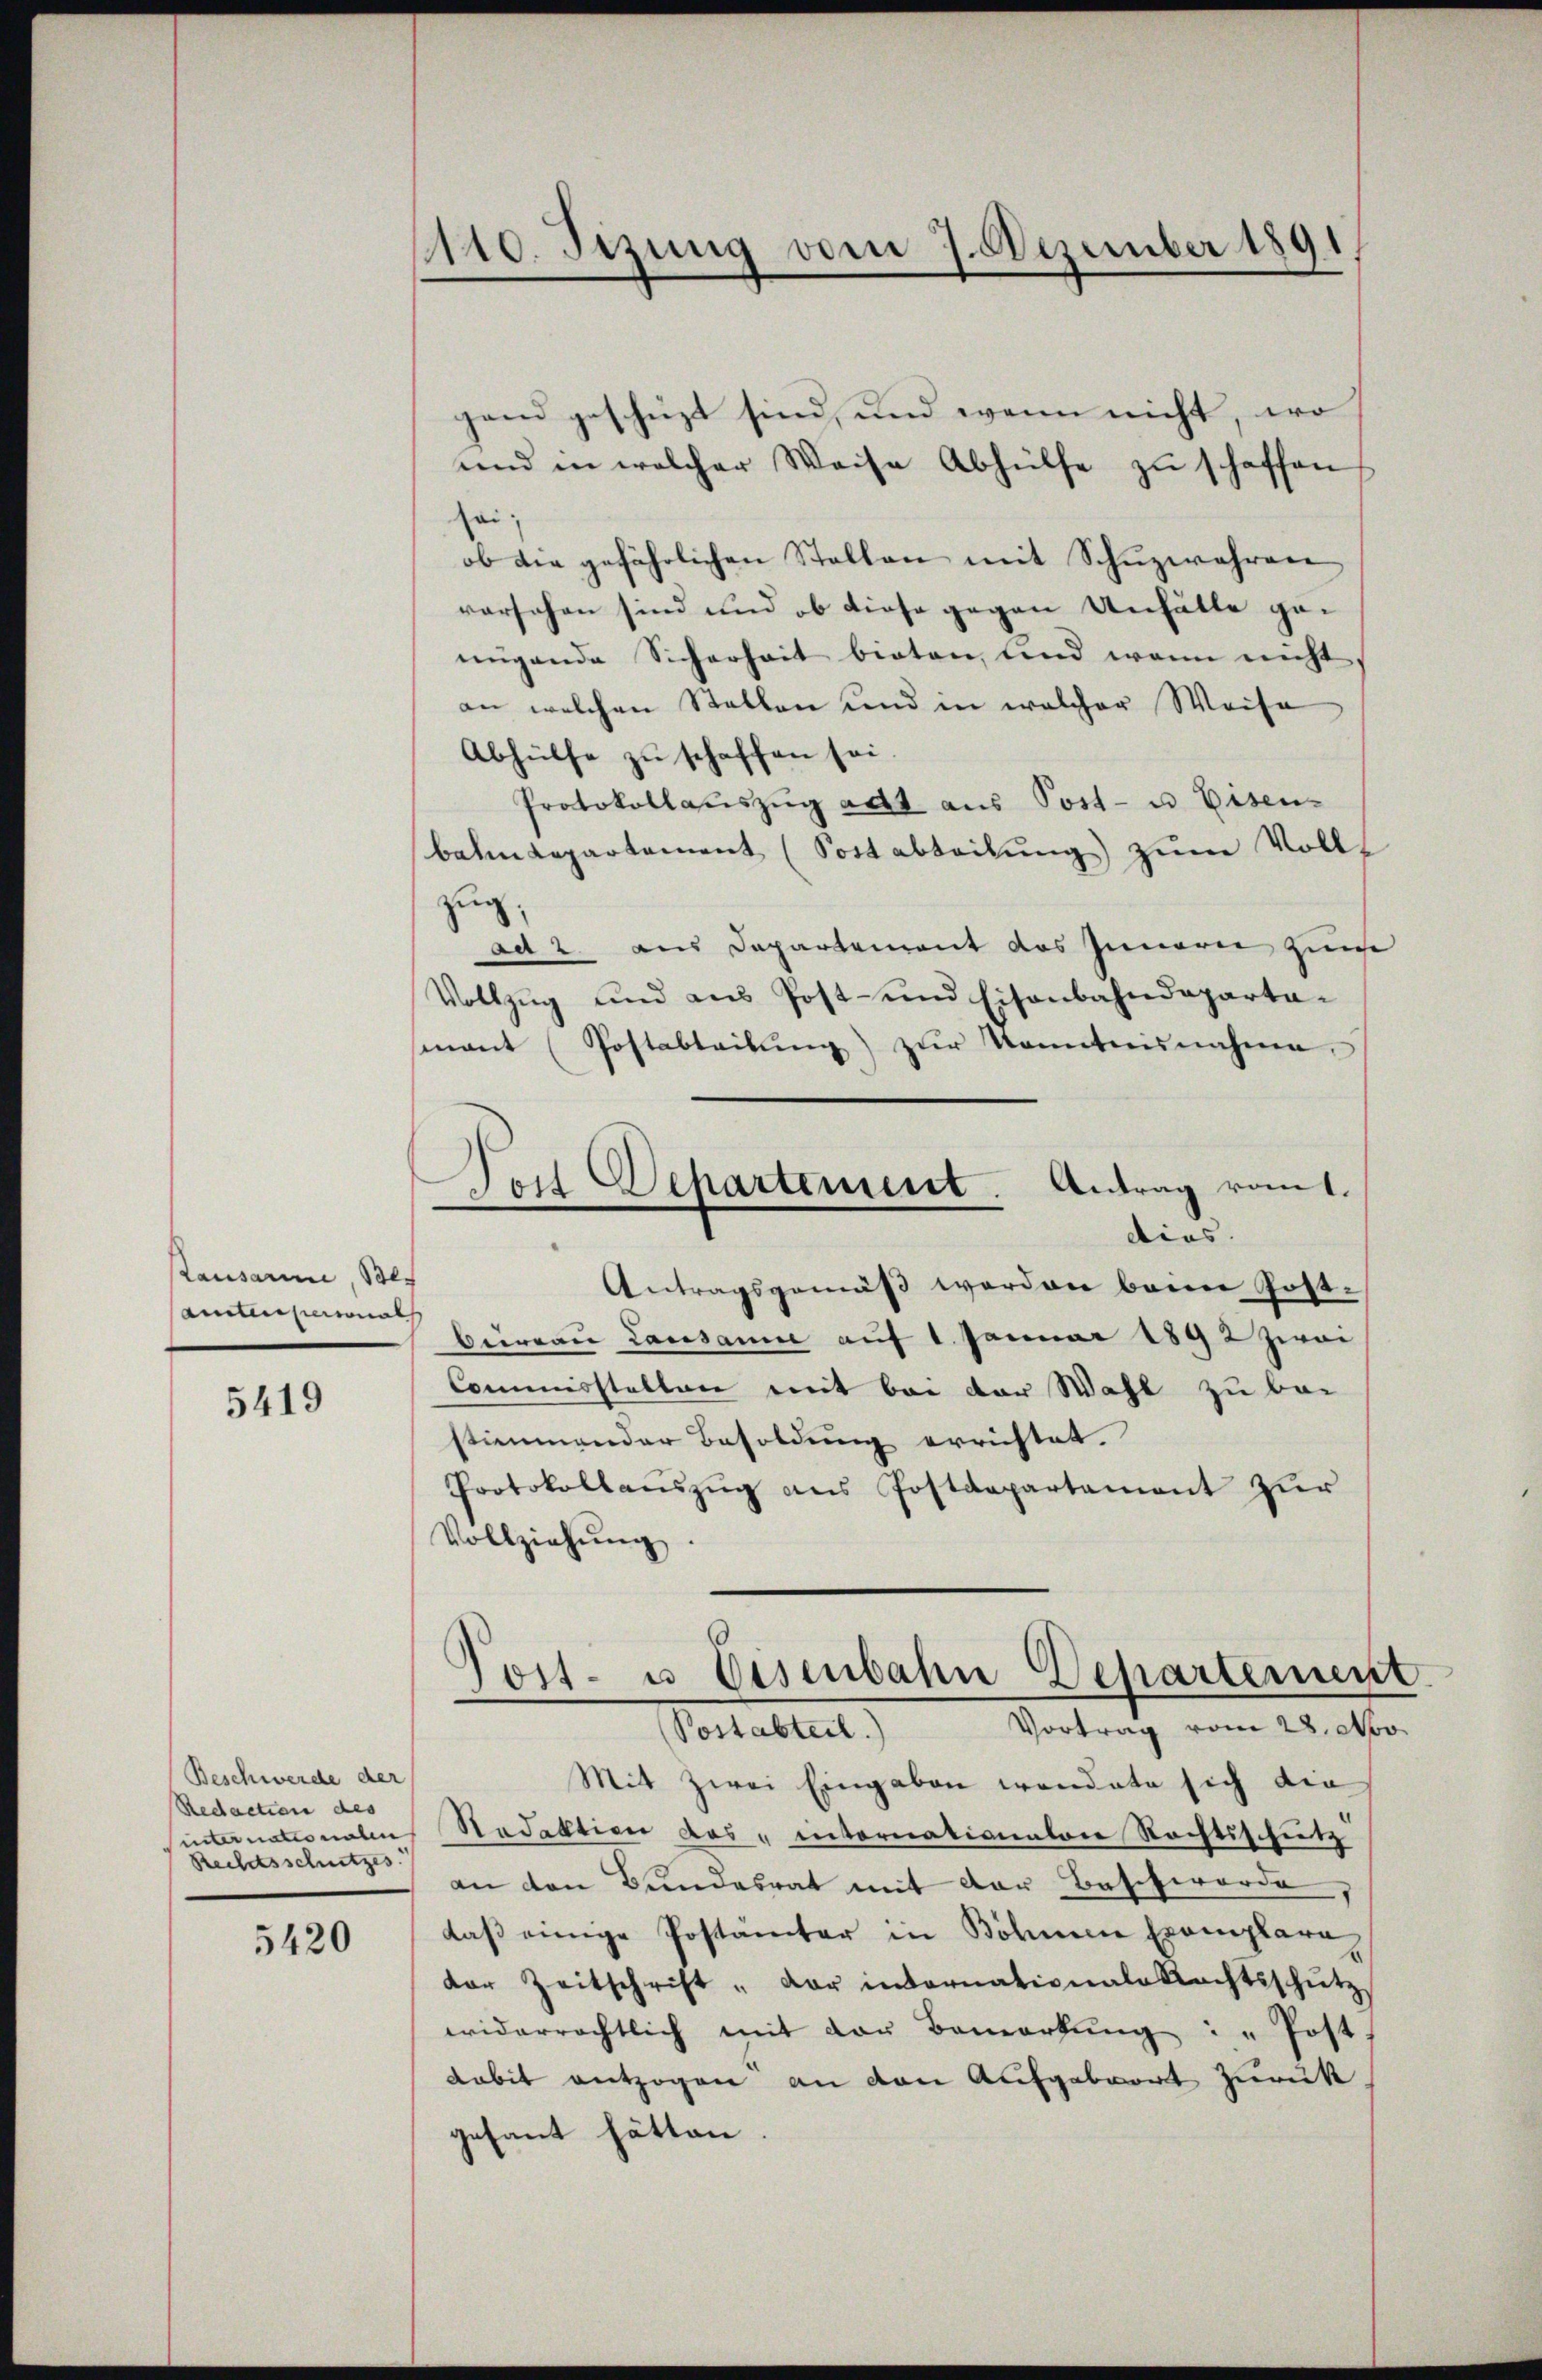
Lausanne, Bes
Antpersonal

5419

Beschwerde der
Redaction des
internationalen
Rechtsschutzes

5420

1110. Sizung vom 7. Dezember 1891

gend geschüzt sind, und wenn nicht, wo
und in welcher Weise Abhülfe zŭ schaffen
sei;
ob die gefährlichen Stellen mit Schuzwahren
vorsehen sind und ob diese gegen Unfälle ge-
nügende Sicherheit bieten, und wenn nicht,
an welchen Stellen und in welcher Weise
Abhülfe zu schaffen sei.
Protokollauszug adt aus Post- u. Eisen-
bahndepartement (Sottabteilŭng zum Vollzug,
ad 2. aus Departement das Innern zum
Vollzug und aus Post- und Eisenbahndeparta-
mant (Postabteilŭng zŭr Kenntnisnahme.
Antragsgemäß werden beim Postbeirrau Lausanne auf 1 Januar 1892 zwai
Commisstalten mit bei der Wahl zu bestimmender Besoldung errichtet.
Protokollaŭszŭg ans Postdepartament zŭr
Vollziehŭng.
Post- u. Eisenbahn Departement
Vortrag vom 28. Nov.
(Postabteil)
Mit zwei Eingaben wendete sich die
Redaktion das "intornationalen Rechtsschutz
an den Bundesrat mit der Beschwerde,
daß einige Postämter in Böhnern Exemplare
dor Zeitschrift " der internationale Rechtsschütz
widerrechtlich mit der Bemerkung : „ Post
dabit entzogen an den Aufgabeort zurück
gesant hätten

Tost Departement. Antrag vom 1.
dias.